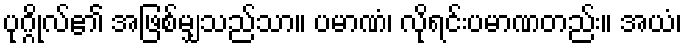
ပုဂ္ဂိုလ်၏ အဖြစ်မျှသည်သာ။ ပမာဏံ၊ လိုရင်းပမာဏတည်း။ အယံ၊